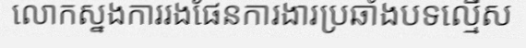
លោកស្នងការរងផែនការងារប្រឆាំងបទល្មើស